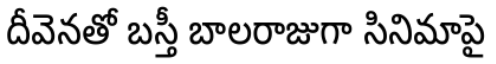
దీవెనతో బస్తీ బాలరాజుగా సినిమాపై